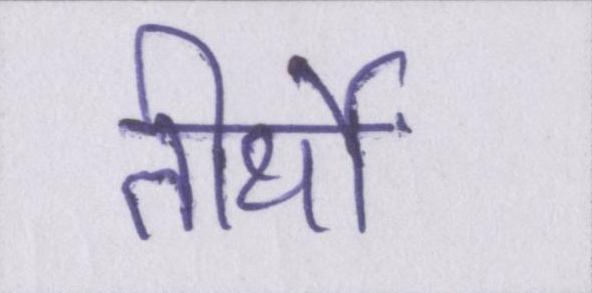
तीर्थों